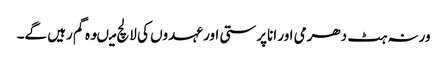
ورنہ ہٹ دھرمی اور اناپرستی اور عہدوں کی لالچ میںوہ گم رہیں گے۔